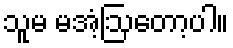
သူမ မအံ့ဩတော့ပါ။